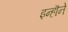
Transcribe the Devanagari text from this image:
इन्हॊने